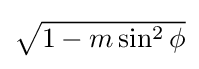
{\textstyle {\sqrt {1-m\sin \!^{2}\,\phi }}}